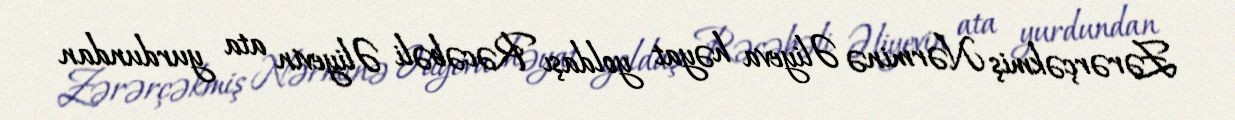
Zərərçəkmiş Nərminə Əliyeva həyat yoldaşı Rəcəbəli Əliyevin ata yurdundan